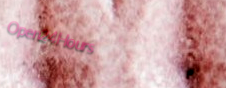
Open24Hours